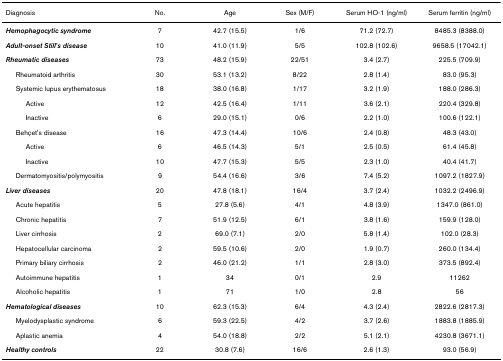
<table><thead><tr><td><b>Diagnosis</b></td><td><b>No.</b></td><td><b>Age</b></td><td><b>Sex (M/F)</b></td><td><b>Serum HO-1 (ng/ml)</b></td><td><b>Serum ferritin (ng/ml)</b></td></tr></thead><tbody><tr><td><b><i>Hemophagocytic syndrome</i></b></td><td>7</td><td>42.7 (15.5)</td><td>1/6</td><td>71.2 (72.7)</td><td>8485.3 (8388.0)</td></tr><tr><td><b><i>Adult-onset Still&#x27;s disease</i></b></td><td>10</td><td>41.0 (11.9)</td><td>5/5</td><td>102.8 (102.6)</td><td>9658.5 (17042.1)</td></tr><tr><td><b><i>Rheumatic diseases</i></b></td><td>73</td><td>48.2 (15.9)</td><td>22/51</td><td>3.4 (2.7)</td><td>225.5 (709.9)</td></tr><tr><td> Rheumatoid arthritis</td><td>30</td><td>53.1 (13.2)</td><td>8/22</td><td>2.8 (1.4)</td><td>83.0 (95.3)</td></tr><tr><td> Systemic lupus erythematosus</td><td>18</td><td>38.0 (16.8)</td><td>1/17</td><td>3.2 (1.9)</td><td>188.0 (286.3)</td></tr><tr><td>Active</td><td>12</td><td>42.5 (16.4)</td><td>1/11</td><td>3.6 (2.1)</td><td>220.4 (329.8)</td></tr><tr><td>Inactive</td><td>6</td><td>29.0 (15.1)</td><td>0/6</td><td>2.2 (1.0)</td><td>100.6 (122.1)</td></tr><tr><td> Behçet&#x27;s disease</td><td>16</td><td>47.3 (14.4)</td><td>10/6</td><td>2.4 (0.8)</td><td>48.3 (43.0)</td></tr><tr><td>Active</td><td>6</td><td>46.5 (14.3)</td><td>5/1</td><td>2.5 (0.5)</td><td>61.4 (45.8)</td></tr><tr><td>Inactive</td><td>10</td><td>47.7 (15.3)</td><td>5/5</td><td>2.3 (1.0)</td><td>40.4 (41.7)</td></tr><tr><td> Dermatomyositis/polymyositis</td><td>9</td><td>54.4 (16.6)</td><td>3/6</td><td>7.4 (5.2)</td><td>1097.2 (1827.9)</td></tr><tr><td><b><i>Liver diseases</i></b></td><td>20</td><td>47.8 (18.1)</td><td>16/4</td><td>3.7 (2.4)</td><td>1032.2 (2496.9)</td></tr><tr><td> Acute hepatitis</td><td>5</td><td>27.8 (5.6)</td><td>4/1</td><td>4.8 (3.9)</td><td>1347.0 (861.0)</td></tr><tr><td> Chronic hepatitis</td><td>7</td><td>51.9 (12.5)</td><td>6/1</td><td>3.8 (1.6)</td><td>159.9 (128.0)</td></tr><tr><td> Liver cirrhosis</td><td>2</td><td>69.0 (7.1)</td><td>2/0</td><td>5.8 (1.4)</td><td>102.0 (28.3)</td></tr><tr><td> Hepatocellular carcinoma</td><td>2</td><td>59.5 (10.6)</td><td>2/0</td><td>1.9 (0.7)</td><td>260.0 (134.4)</td></tr><tr><td> Primary biliary cirrhosis</td><td>2</td><td>46.0 (21.2)</td><td>1/1</td><td>2.8 (3.0)</td><td>373.5 (892.4)</td></tr><tr><td> Autoimmune hepatitis</td><td>1</td><td>34</td><td>0/1</td><td>2.9</td><td>11262</td></tr><tr><td> Alcoholic hepatitis</td><td>1</td><td>71</td><td>1/0</td><td>2.8</td><td>56</td></tr><tr><td><b><i>Hematological diseases</i></b></td><td>10</td><td>62.3 (15.3)</td><td>6/4</td><td>4.3 (2.4)</td><td>2822.6 (2817.3)</td></tr><tr><td> Myelodysplastic syndrome</td><td>6</td><td>59.3 (22.5)</td><td>4/2</td><td>3.7 (2.6)</td><td>1883.8 (1885.9)</td></tr><tr><td> Aplastic anemia</td><td>4</td><td>54.0 (18.8)</td><td>2/2</td><td>5.1 (2.1)</td><td>4230.8 (3671.1)</td></tr><tr><td><b><i>Healthy controls</i></b></td><td>22</td><td>30.8 (7.6)</td><td>16/6</td><td>2.6 (1.3)</td><td>93.0 (56.9)</td></tr></tbody></table>